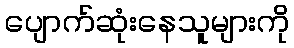
ပျောက်ဆုံးနေသူများကို